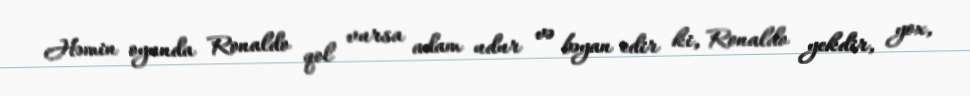
Həmin oyunda Ronaldo qol vursa adam udur və bəyan edir ki, Ronaldo yekdir, yox,